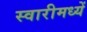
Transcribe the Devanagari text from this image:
स्वारीमध्यें